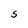
Character: S